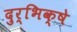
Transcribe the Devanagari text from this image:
दुर्भिक्षे